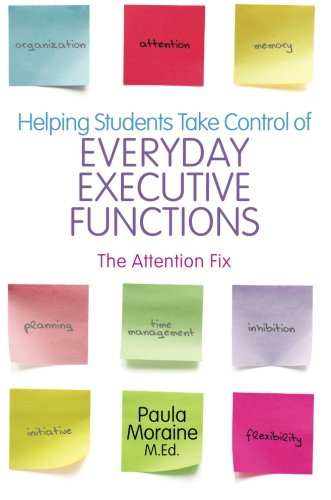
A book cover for Helping Students Take Control of Everyday Executive Functions: The Attention Fix; Paula Moraine; Health, Fitness & Dieting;